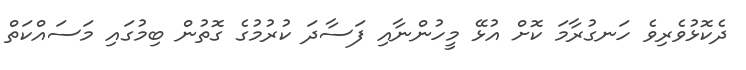
ދެކޮޅުވެރިވެ ހަނގުރާމަ ކޮށް އުޅޭ މީހުންނާއި ފަސާދަ ކުރުމުގެ ގޮތުން ބިމުގައި މަސައްކަތް